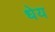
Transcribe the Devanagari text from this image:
धेय